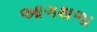
આગથળા